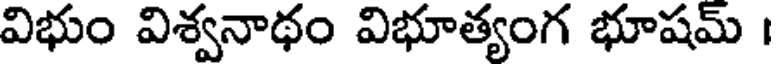
విభుం విశ్వనాథం విభూత్యంగ భూషమ్ ।